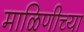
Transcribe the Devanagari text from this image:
माळिणीच्या